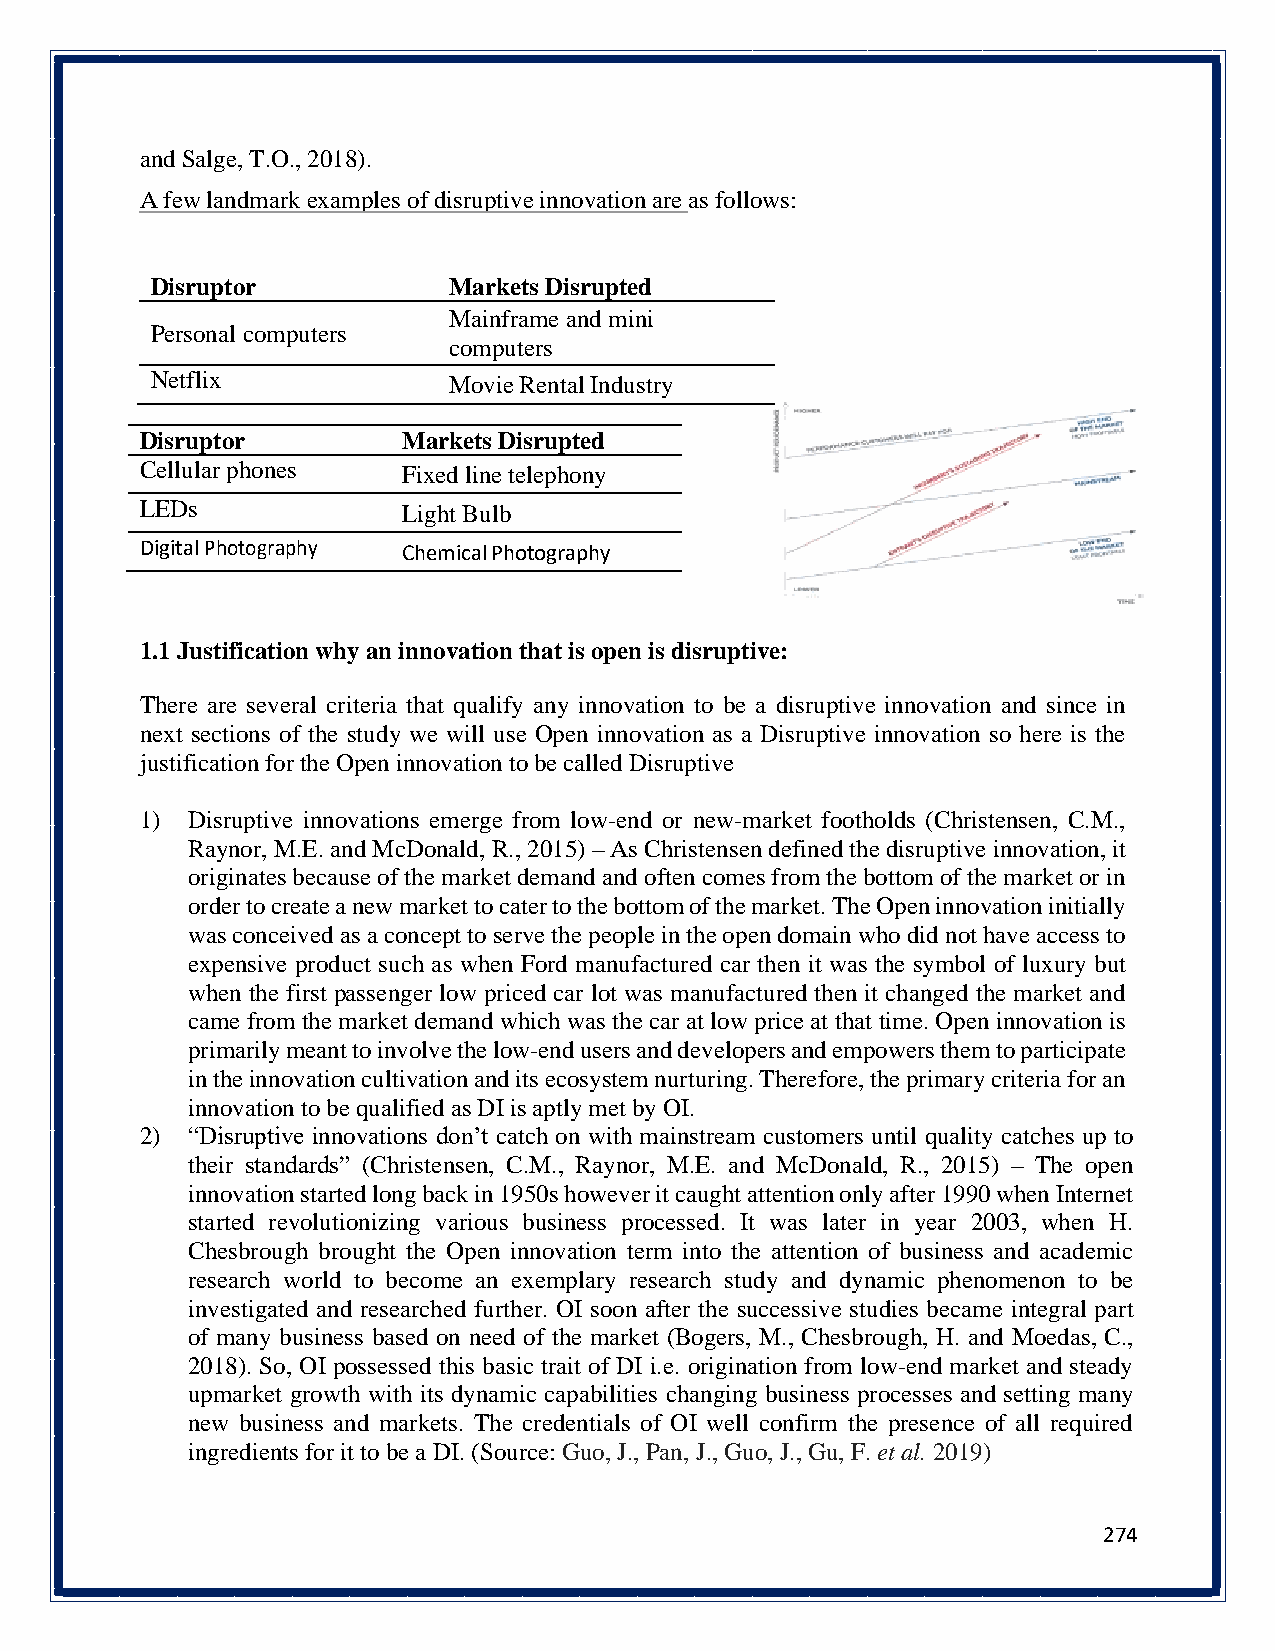
and Salge, T.O., 2018).
 A few landmark examples of disruptive innovation are as follows:
 Disruptor           Markets Disrupted
 Mainframe and mini
 Personal computers
 computers
 Netflix             Movie Rental Industry
 Disruptor         Markets Disrupted
 Cellular phones   Fixed line telephony
 LEDs              Light Bulb
 Digital Photography Chemical Photography
 1.1 Justification why an innovation that is open is disruptive:
 There are several criteria that qualify any innovation to be a disruptive innovation and since in
 next sections of the study we will use Open innovation as a Disruptive innovation so here is the
 justification for the Open innovation to be called Disruptive
 1) Disruptive innovations emerge from low-end or new-market footholds (Christensen, C.M.,
 Raynor, M.E. and McDonald, R., 2015) – As Christensen defined the disruptive innovation, it
 originates because of the market demand and often comes from the bottom of the market or in
 order to create a new market to cater to the bottom of the market. The Open innovation initially
 was conceived as a concept to serve the people in the open domain who did not have access to
 expensive product such as when Ford manufactured car then it was the symbol of luxury but
 when the first passenger low priced car lot was manufactured then it changed the market and
 came from the market demand which was the car at low price at that time. Open innovation is
 primarily meant to involve the low-end users and developers and empowers them to participate
 in the innovation cultivation and its ecosystem nurturing. Therefore, the primary criteria for an
 innovation to be qualified as DI is aptly met by OI.
 2) “Disruptive innovations don’t catch on with mainstream customers until quality catches up to
 their standards” (Christensen, C.M., Raynor, M.E. and McDonald, R., 2015) – The open
 innovation started long back in 1950s however it caught attention only after 1990 when Internet
 started revolutionizing various business processed. It was later in year 2003, when H.
 Chesbrough brought the Open innovation term into the attention of business and academic
 research world to become an exemplary research study and dynamic phenomenon to be
 investigated and researched further. OI soon after the successive studies became integral part
 of many business based on need of the market (Bogers, M., Chesbrough, H. and Moedas, C.,
 2018). So, OI possessed this basic trait of DI i.e. origination from low-end market and steady
 upmarket growth with its dynamic capabilities changing business processes and setting many
 new business and markets. The credentials of OI well confirm the presence of all required
 ingredients for it to be a DI. (Source: Guo, J., Pan, J., Guo, J., Gu, F. et al. 2019)
 274